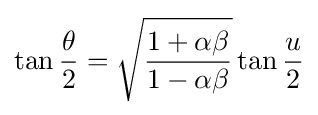
\tan {\frac {\theta }{2}}={\sqrt {\frac {1+\alpha \beta }{1-\alpha \beta }}}\tan {\frac {u}{2}}